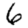
Digit: 6